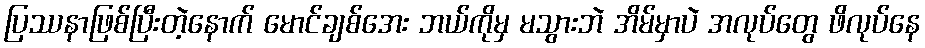
ပြဿနာဖြစ်ပြီးတဲ့နောက် မောင်ချစ်အေး ဘယ်ကိုမှ မသွားဘဲ အိမ်မှာပဲ အလုပ်တွေ ဖိလုပ်နေ